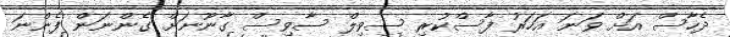
ދެހާސް އަށް ވަނަ އަހަރު ފާސްކުރި ސިވިލް ސާވިސް ގާނޫނަށް ގެންނަން ފެންނަ